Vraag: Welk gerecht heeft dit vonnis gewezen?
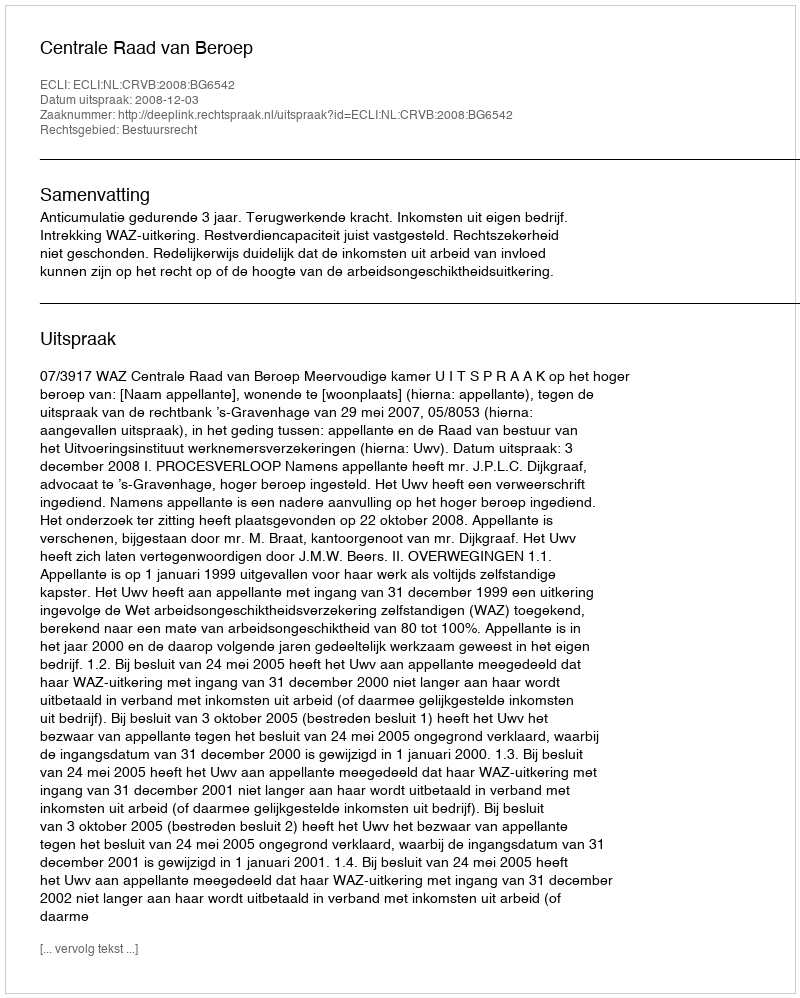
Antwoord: Centrale Raad van Beroep